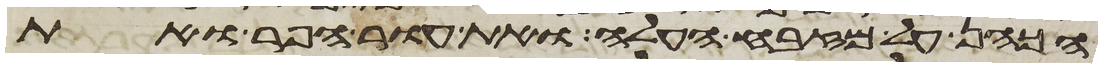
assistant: הכהן על מזבח העלה ואת עור הפר ואת